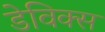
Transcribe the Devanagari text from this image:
डेविक्स